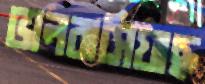
ভালবাসিয়াছ